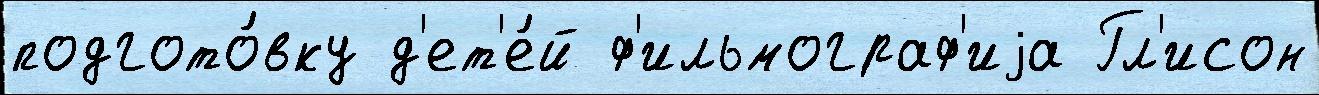
подгото́вку д'ет'е́й ф'ильмограф'иjа Гл'исон